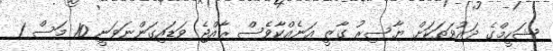
ޝަހީމްގެ ދައުވަތަކަށް ޔާސިރު ގާޒީ އަނެއްކާވެސް ރާއްޖެ ވަޑައިގަންނަވަނީ 10 މަސް 1